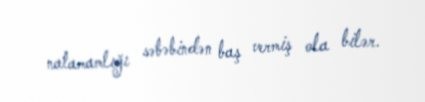
natamamlığı səbəbindən baş vermiş ola bilər.